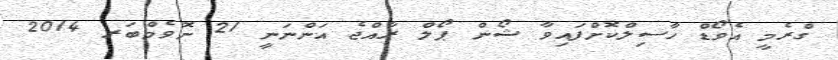
ގްރެމީ އެވޯޑް ހާސިލްކޮށްފައިވާ ޝޯން ޕޯލް ރާއްޖެ އަންނަނީ 21 ނޮވެމްބަރ 2014